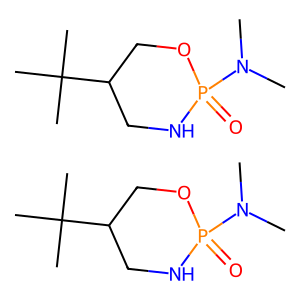
SMILES: CN(C)P1(=O)NCC(C(C)(C)C)CO1.CN(C)P1(=O)NCC(C(C)(C)C)CO1
Inhibits HIV replication: No